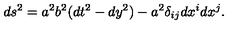
d s ^ { 2 } = a ^ { 2 } b ^ { 2 } ( d t ^ { 2 } - d y ^ { 2 } ) - a ^ { 2 } \delta _ { i j } d x ^ { i } d x ^ { j } .